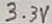
Text: 3.3V